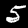
Label: 5